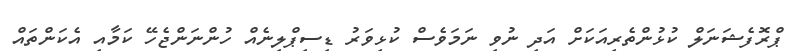
ޕްރޮފެޝަނަލް ކުޅުންތެރިއަކަށް އަދި ނުވި ނަމަވެސް ކުޅިވަރު ޑިސިޕްލިނެއް ހުންނަންޖެހޭ ކަމާއި އެކަންތައް